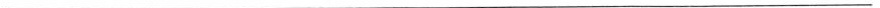
___